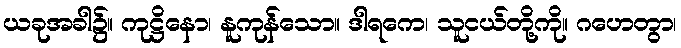
ယခုအခါ၌။ ကုဋ္ဌိနော၊ နူကုန်သော။ ဒါရကေ၊ သူငယ်တို့ကို။ ဂဟေတွာ၊